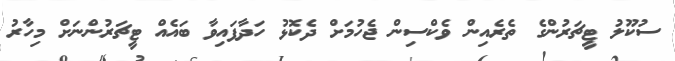
ސުކޫލު ޓީޗަރުންގެ ތެރެއިން ވެކްސިން ޖެހުމަށް ދެކޮޅު ހަދާފައިވާ ބައެއް ޓީޗަރުންނަށް މިހާރު